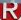
R